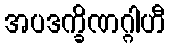
အပဒက္ခိဏဂ္ဂါဟီ